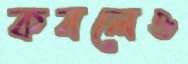
কবলেও